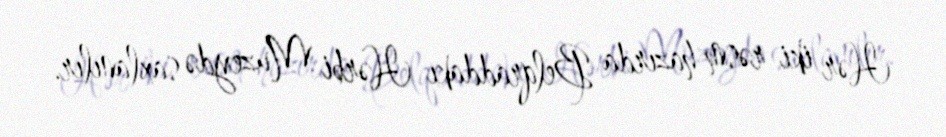
Hər iki rəsm hazırda Belqraddakı Hərbi Muzeydə saxlanılır.